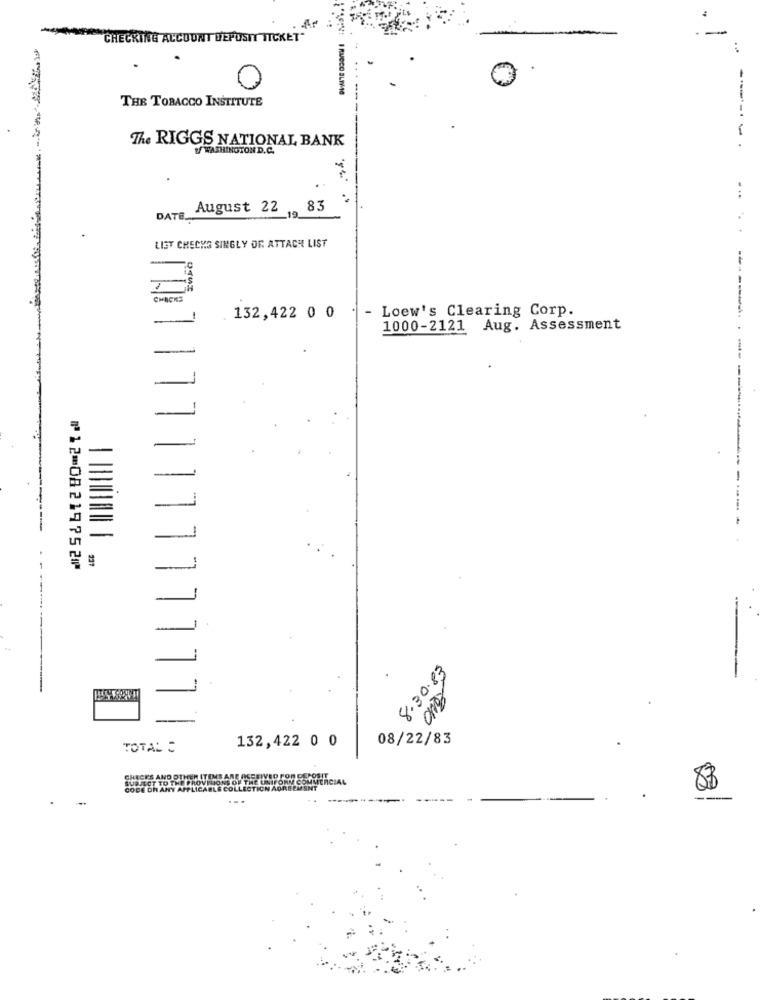
CHECKING ACCOUNT DEPOSIT TICKET"
...
I RUCCO BLTIMO
THE TOBACCO INSTITUTE
-
The RIGGS NATIONAL BANK
of WASHINGTON D.C.
...
August 22
83
DATE
LIGT CHECKG SINGLY OF. ATTACH LIST
CHACK2
Loew's Clearing Corp.
132,422 0 0
1000-2121 Aug. Assessment
-
-----
⑈12⑉08219752⑈
8.30.83
11111111111
08/22/83
TOTAL :
132,422 0 0
83
...